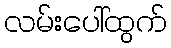
လမ်းပေါ်ထွက်